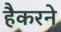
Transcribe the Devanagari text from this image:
हैकरने